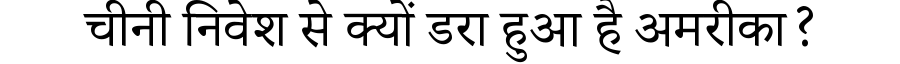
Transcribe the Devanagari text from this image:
चीनी निवेश से क्यों डरा हुआ है अमरीका?